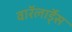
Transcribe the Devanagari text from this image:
वाॅरलाॅर्ड्स